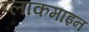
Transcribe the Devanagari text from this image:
प्लाकमाइन